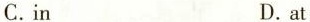
C.in D.at